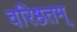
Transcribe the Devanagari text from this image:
वरिष्ठतम्